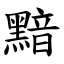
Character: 黯